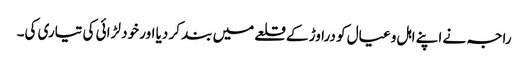
راجہ نے اپنے اہل و عیال کو دراوڑ کے قلعے میں بند کر دیا اور خود لڑائی کی تیاری کی۔